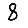
Digit: 8